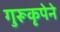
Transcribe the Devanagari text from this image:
गुरूकृपेने